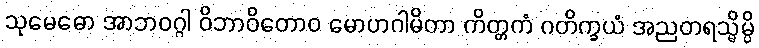
သုမေဓော အာဘဝဂ္ဂါ ဝိဘာဝိတောဝ မောဟဂါမိတာ ကိတ္တကံ ဂတိက္ခယံ အညတရသ္မိမ္ပိ